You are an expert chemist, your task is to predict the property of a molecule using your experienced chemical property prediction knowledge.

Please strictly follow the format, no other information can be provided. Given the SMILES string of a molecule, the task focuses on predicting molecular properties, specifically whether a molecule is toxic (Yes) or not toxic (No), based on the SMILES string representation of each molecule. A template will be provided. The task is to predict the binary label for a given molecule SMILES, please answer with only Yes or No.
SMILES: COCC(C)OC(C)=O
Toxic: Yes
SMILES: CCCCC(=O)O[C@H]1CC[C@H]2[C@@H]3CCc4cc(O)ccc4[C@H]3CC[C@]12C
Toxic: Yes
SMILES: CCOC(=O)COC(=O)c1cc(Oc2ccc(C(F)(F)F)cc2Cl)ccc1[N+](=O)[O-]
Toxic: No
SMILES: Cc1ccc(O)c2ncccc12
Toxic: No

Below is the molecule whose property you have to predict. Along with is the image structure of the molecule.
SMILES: Nc1cc(S(=O)(=O)O)ccc1S(=O)(=O)O
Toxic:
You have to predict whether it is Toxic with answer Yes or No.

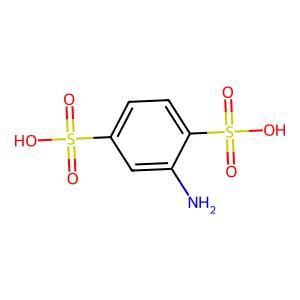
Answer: No